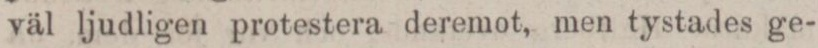
väl ljudligen protestera deremot, men tystades ge-